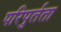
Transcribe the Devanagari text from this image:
परिपुर्तता